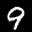
Label: 9